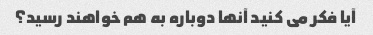
آیا فکر می کنید آنها دوباره به هم خواهند رسید؟